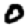
Digit: 0